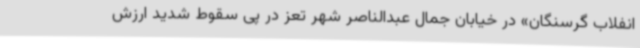
انفلاب گرسنگان» در خیابان جمال عبدالناصر شهر تعز در پی سقوط شدید ارزش